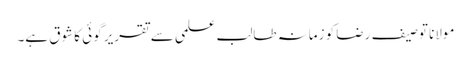
مولانا توصیف رضا کو زمانہ طالب علمی سے تقریر گوئی کا شوق ہے۔